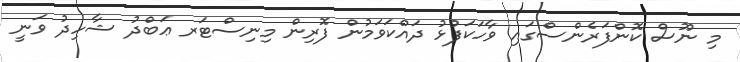
މި ނޫސް ކޮންފަރެންސްގައި ވާހަކަފުޅު ދައްކަވަމުން ފޮރިން މިނިސްޓަރ ޢަބްދު ޝާހިދު ވަނީ